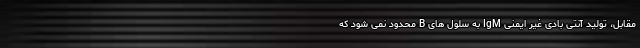
مقابل، تولید آنتی بادی غیر ایمنی IgM به سلول های B محدود نمی شود که